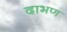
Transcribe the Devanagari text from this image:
दाभण